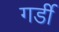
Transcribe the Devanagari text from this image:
गर्डी